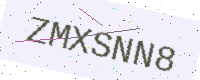
Text: ZMXSNN8